Vaccination in Bombay 1874-1876 - 1874-1876
Year: 1874
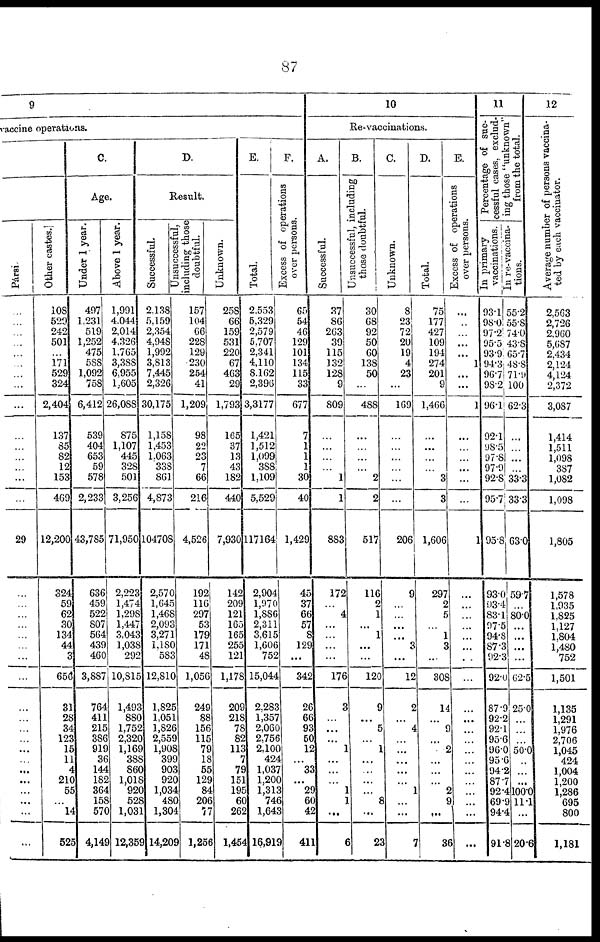
87
9
accine operations.
Pársi.
...
...
...
...
...
...
...
...
...
...
...
...
...
...
...
29
...
...
...
...
...
...
...
...
...
...
...
...
...
...
...
...
...
...
...
...
Other castes.
108
520
242
501
...
171
529
324
2,404
137
85
82
12
153
469
12,200
324
59
62
30
134
44
3
656
31
28
34
123
15
11
4
210
55
...
14
525
C.
Age.
Under 1 year.
497
1,231
519
1,252
475
588
1,092
758
6,412
539
404
653
59
578
2,233
43,785
636
459
522
807
564
439
460
3,887
764
411
215
386
919
36
144
182
364
158
570
4,149
Above 1 year.
1,991
4,044
2,014
4,326
1,765
3,388
6,955
1,605
26,088
875
1,107
445
328
501
3,256
71,950
2,223
1,474
1,298
1,447
3,043
1,038
292
10,815
1,493
880
1,752
2,320
1,169
388
860
1,018
920
528
1,031
12,359
D.
Result.
Successful.
2,138
5,159
2,354
4,948
1,992
3,813
7,445
2,326
30,175
1,158
1,453
1,063
338
861
4,873
104708
2,570
1,645
1,468
2,093
3,271
1,180
583
12,810
1,825
1,051
1,826
2,559
1,908
399
903
920
1,034
480
1,304
14,209
Unsuccessful,
including those
doubtful.
157
104
66
228
129
230
254
41
1,209
98
22
23
7
66
216
4,526
192
116
297
53
179
171
48
1,056
249
88
156
115
79
18
55
129
84
206
77
1,256
Unknown.
258
66
159
531
220
67
463
29
1,793
165
37
13
43
182
440
7,930
142
209
121
165
165
255
121
1,178
209
218
78
82
113
7
79
151
195
60
262
1,454
E.
Total.
2,553
5,329
2,579
5,707
2,341
4, 110
8,162
2,396
3,3177
1,421
1,512
1,099
388
1,109
5,529
117164
2,904
1,970
1,886
2,311
3,615
1,606
752
15,044
2,283
1,357
2,060
2,756
2,100
424
1,037
1,200
1,313
746
1,643
16,919
F.
Excess of operations
over persons.
65
54
46
129
101
134
115
33
677
7
1
1
3
30
40
1,429
45
37
66
57
8
129
...
342
26
66
93
50
12
...
33
...
29
60
42
411
10
Re- vaccinations.
A.
Successful.
37
86
263
39
115
132
128
9
809
...
...
...
...
1
1
883
172
...
4
...
...
...
...
176
3
...
...
...
...
...
...
...
1
1
...
6
B.
Unsuccessful, including
those doubtful.
30
68
92
50
60
138
50
...
488
...
...
...
...
2
2
517
116
2
1
...
1
...
...
120
9
...
5
...
1
...
...
...
...
8
...
23
C.
Unknown.
8
23
72
20
19
4
23
...
169
...
...
...
...
...
...
206
9
...
...
...
...
3
...
12
2
...
4
...
1 ...
...
...
...
1
...
...
7
D.
Total.
75
177
427
109
194
274
201
9
1,466
...
...
...
...
3
3
1,606
297
2
5
...
1
3
...
308
14
...
9
...
2
...
...
...
2
9
...
36
E.
Excess of operations
over persons.
...
...
...
...
...
1
...
...
1
...
...
...
...
...
...
1
...
...
...
...
...
...
...
...
...
...
...
...
...
...
...
...
...
...
...
...
11
Percentage of suc-
cessful cases, exclud-
ing those ''unknown"
from the total.
In primary
vaccinations.
In re-vaccina-
tions.
93.1
98.0
97.2
95.5
93.9
94.3
96.7
98.2
96.1
92.1
98.5
97.8
97.9
92.8
95.7
95.8
93.0
93.4
83.1
97.5
94.8
87.3
92.3
92.0
87.9
92.2
92.1
95.6
96.0
95.6
94.2
87.7
92.4
69.9
94.4
91.8
55.2
55.8
74.0
43.8
65.7
48.8
71.9
100
62.3
...
...
...
...
33.3
33.3
63.0
59.7
...
80.0
...
...
...
...
62.5
25.0
...
...
50.0
...
...
...
100.0
11.1
...
20.6
12
Average number of persons vaccina-
ted by each vaccinator.
2,563
2,726
2,960
5,687
2,434
2,124
4,124
2,372
3,087
1,414
1,511
1,098
387
1,082
1,098
1,805
1,578
1,935
1.825
1,127
1,804
1,480
752
1,501
1,135
1,291
1,976
2,706
1,045
424
1,004
1,200
1,286
695
800
1,181